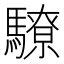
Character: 𩦚